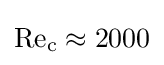
\mathrm {Re} _{\text{c}}\approx 2000